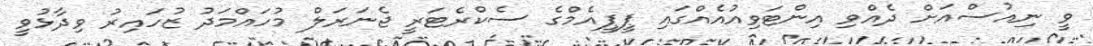
ވީ ނިއުސްއަށް ދެއްވި އިންޓަވިއުއެއްގައި ޕީޕީއެމްގެ ސެކްރެޓަރީ ޖެނަރަލް މުހައްމަދު ޒުހައިރު ވިދާޅުވީ